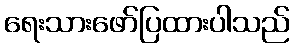
ရေးသားဖော်ပြထားပါသည်